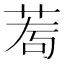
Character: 𦰅